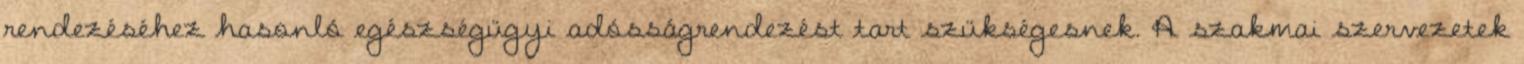
rendezéséhez hasonló egészségügyi adósságrendezést tart szükségesnek. A szakmai szervezetek